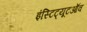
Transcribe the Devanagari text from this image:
इंस्टिट्यूटऑव